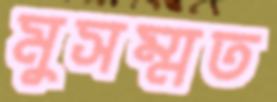
মুসম্মত